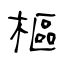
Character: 樞